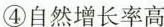
④自然增长率高